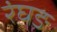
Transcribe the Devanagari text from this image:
रंघङ